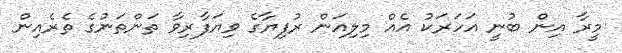
މީރާ އިން ބުނީ އަހަރަކު އެއް މިލިއަން ރުފިޔާގެ ވިޔަފާރިވާ ތަންތަނުގެ ތެރެއިން